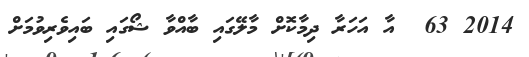
2014 63  އާ އަހަރާ ދިމާކޮށް މާލޭގައި ބާއްވާ ޝޯގައި ބައިވެރިވުމަށް